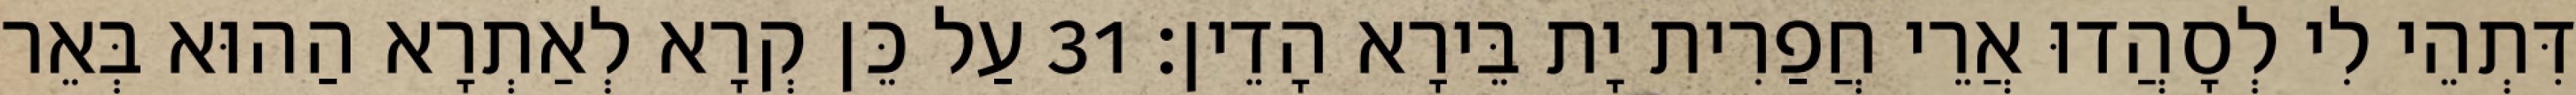
דִּתְהֵי לִי לְסָהֲדוּ אֲרֵי חֲפַרִית יָת בֵּירָא הָדֵין׃ 31 עַל כֵּן קְרָא לְאַתְרָא הַהוּא בְּאֵר